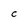
Character: C